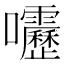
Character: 𫭁